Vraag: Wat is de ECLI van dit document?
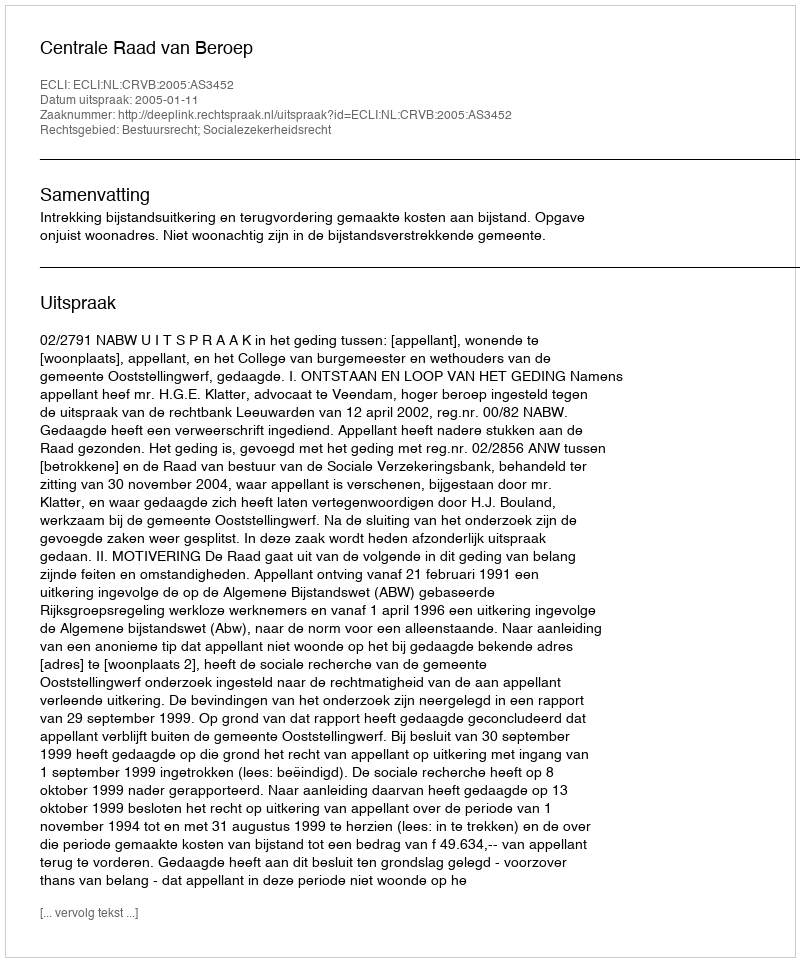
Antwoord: ECLI:NL:CRVB:2005:AS3452